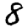
Digit: 8